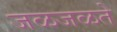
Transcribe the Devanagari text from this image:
जळजळते